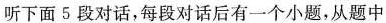
听下面5段对话,每段对话后有一个小题,从题中